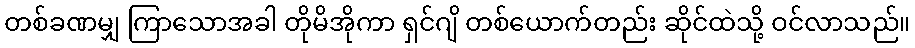
တစ်ခဏမျှ ကြာသောအခါ တိုမိအိုကာ ရှင်ဂျိ တစ်ယောက်တည်း ဆိုင်ထဲသို့ ဝင်လာသည်။